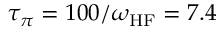
\tau _ { \pi } = 1 0 0 / \omega _ { \mathrm { H F } } = 7 . 4